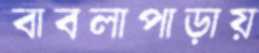
বাবলাপাড়ায়